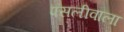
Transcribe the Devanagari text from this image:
पसलीवाला